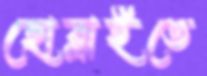
ছোব্‌লাইতে